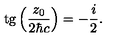
\mathrm { t g } \left( \frac { z _ { 0 } } { 2 { \hbar } c } \right) = - \frac { i } { 2 } .